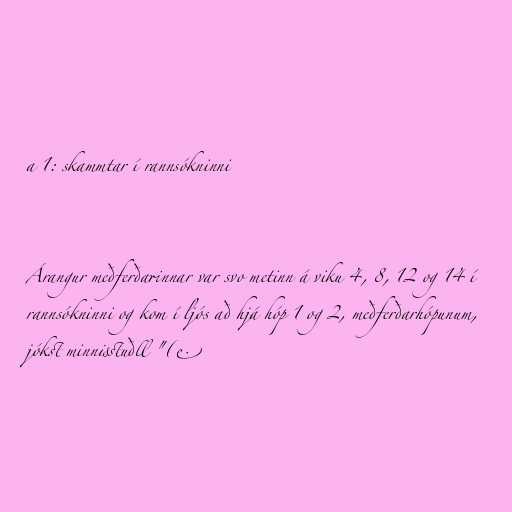
a 1: skammtar í rannsókninni

Árangur meðferðarinnar var svo metinn á viku 4, 8, 12 og 14 í
rannsókninni og kom í ljós að hjá hóp 1 og 2, meðferðarhópunum,
jókst minnisstuðll "(e.